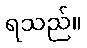
ရသည်။